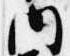
内